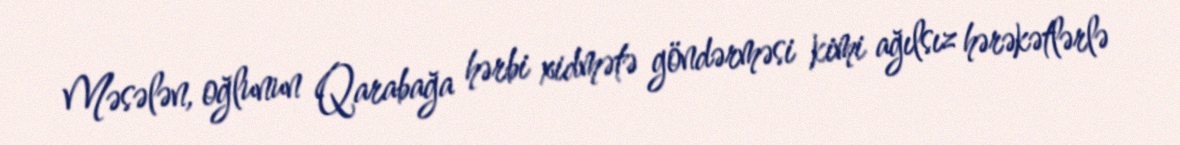
Məsələn, oğlunun Qarabağa hərbi xidmətə göndərməsi kimi ağılsız hərəkətlərlə